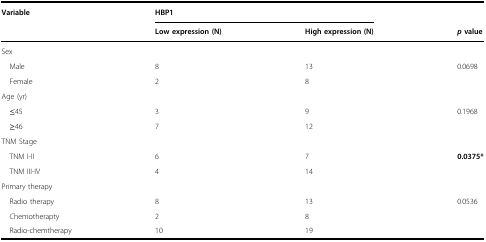
| Variable | <COLSPAN=2> HBP1 |  |
 |  | Low expression (N) | High expression (N) | p value |
 | --- | --- | --- | --- |
 | <COLSPAN=4> Sex |
 | Male | 8 | 13 | 0.0698 |
 | Female | 2 | 8 |  |
 | <COLSPAN=4> Age (yr) |
 | ≤45 | 3 | 9 | 0.1968 |
 | ≥46 | 7 | 12 |  |
 | <COLSPAN=4> TNM Stage |
 | TNM I-II | 6 | 7 | 0.0375* |
 | TNM III-IV | 4 | 14 |  |
 | <COLSPAN=4> Primary therapy |
 | Radio therapy | 8 | 13 | 0.0536 |
 | Chemotherapty | 2 | 8 |  |
 | Radio-chemtherapy | 10 | 19 |  |